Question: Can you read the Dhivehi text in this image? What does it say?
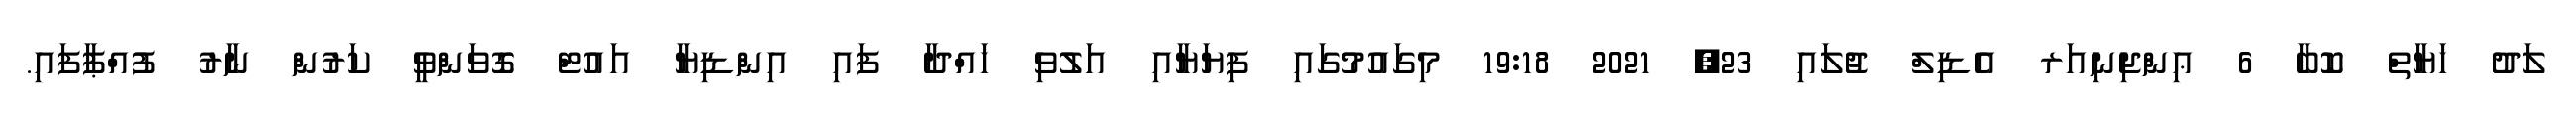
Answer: ލަދު ހަޔާތް ކޮބާ 6 ޢިންޖިނިއަރ އެޑިލް ޖުލައި 23, 2021 19:18 މިގައުމުގައި ފިޔަޔާއި އަލުވި ހައްދާ ފައި އިންޑިޔާ އައުޓް ގޮވަންވީ ކަރުން ނާރު ފުއްޕާފައި.